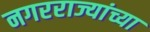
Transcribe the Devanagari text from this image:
नगरराज्यांच्या